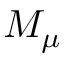
M _ { \mu }